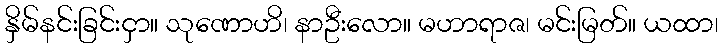
နှိမ်နင်းခြင်းငှာ။ သုဏောဟိ၊ နာဦးလော။ မဟာရာဇ၊ မင်းမြတ်။ ယထာ၊